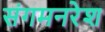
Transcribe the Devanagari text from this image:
संगमनरेश